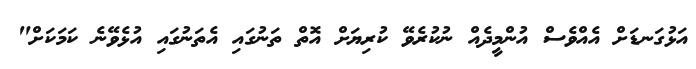
އަޅުގަނޑަށް އެއްވެސް އުންމީދެއް ނުކުރެވޭ ކުރިޔަށް އޮތް ތަނުގައި އެތަނުގައި އުޅެވޭނެ ކަމަކަށް"